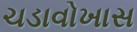
ચડાવોખાસ